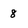
Character: 8